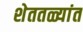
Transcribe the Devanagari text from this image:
शेततळ्यांत